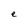
Character: e